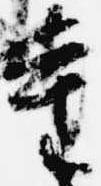
重